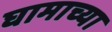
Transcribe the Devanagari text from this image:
घामाच्या